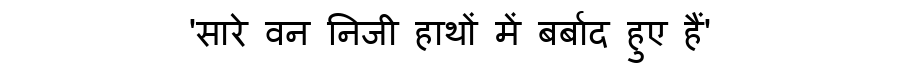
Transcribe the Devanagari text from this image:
'सारे वन निजी हाथों में बर्बाद हुए हैं'